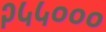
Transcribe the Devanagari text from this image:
२५५०००